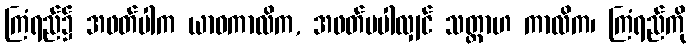
ကြံရည်၌ အဖတ်ပါက ယာဝကာလိက, အဖတ်မပါလျှင် သတ္တာဟ ကာလိက၊ ကြံရည်ကို